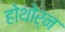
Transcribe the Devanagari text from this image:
होथोर्न